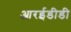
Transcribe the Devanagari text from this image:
आरईडीडी